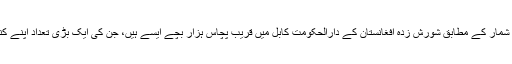
اقوام متحدہ کے اعداد و شمار کے مطابق شورش زدہ افغانستان کے دارالحکومت کابل میں قریب پچاس ہزار بچے ایسے ہیں، جن کی ایک بڑی تعداد اپنے کنبے کی واحد کفیل ہے۔